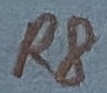
Text: R8